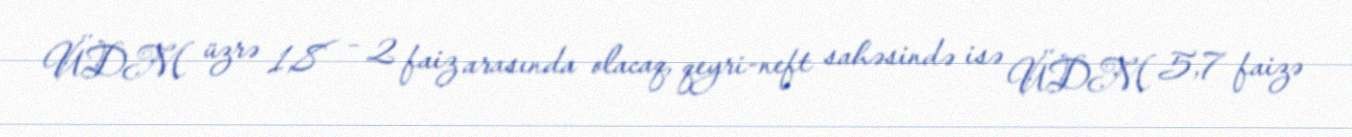
ÜDM üzrə 1,8 – 2 faiz arasında olacaq, qeyri-neft sahəsində isə ÜDM 5,7 faizə